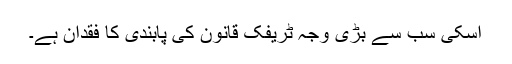
اسکی سب سے بڑی وجہ ٹریفک قانون کی پابندی کا فقدان ہے۔